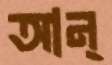
আন্